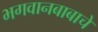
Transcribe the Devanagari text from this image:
भगवानबाबाचे